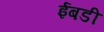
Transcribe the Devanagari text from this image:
ईबडी